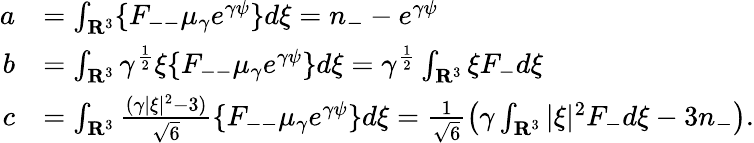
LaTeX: \begin{array}{rl}{a}&{=\int_{\mathbf R^{3}}\{ F_{--}\mu_{\gamma}e^{\gamma\psi}\} d\xi=n_{-}-e^{\gamma\psi}}\\ {b}&{=\int_{\mathbf R^{3}}\gamma^{\frac{1}{2}}\xi\{ F_{--}\mu_{\gamma}e^{\gamma\psi}\} d\xi=\gamma^{\frac{1}{2}}\int_{\mathbf R^{3}}\xi F_{-}d\xi}\\ {c}&{=\int_{\mathbf R^{3}}\frac{(\gamma|\xi|^{2}-3)}{\sqrt{6}}\{ F_{--}\mu_{\gamma}e^{\gamma\psi}\} d\xi=\frac{1}{\sqrt{6}}\left(\gamma\int_{\mathbf R^{3}}|\xi|^{2}F_{-}d\xi-3n_{-}\right).}\end{array}